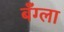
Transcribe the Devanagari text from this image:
बँग्ला